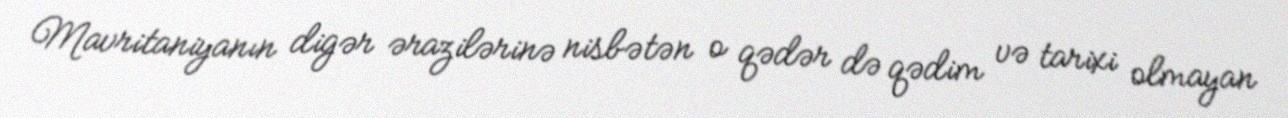
Mavritaniyanın digər ərazilərinə nisbətən o qədər də qədim və tarixi olmayan